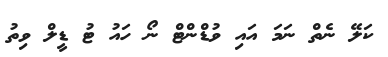
ކަލޭ ނެތް ނަމަ އައި ވުޑްންޓް ނޯ ހައު ޓު ޑީލް ވިތު